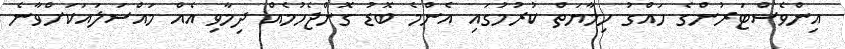
އިންވެސްޓަރުންގެ ހައްގު ހިމާޔަތް ކުރުމުގައި އެންމެ ބޮޑު ގޮންޖެހުމެއް ދިމާވި އެއް މައްސަލައަކަށްވާނެ